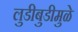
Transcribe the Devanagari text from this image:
लुडीबुडीमुळे